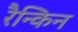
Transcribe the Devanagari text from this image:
रैन्किन